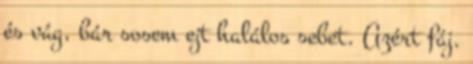
és vág, bár sosem ejt halálos sebet. Azért fáj.